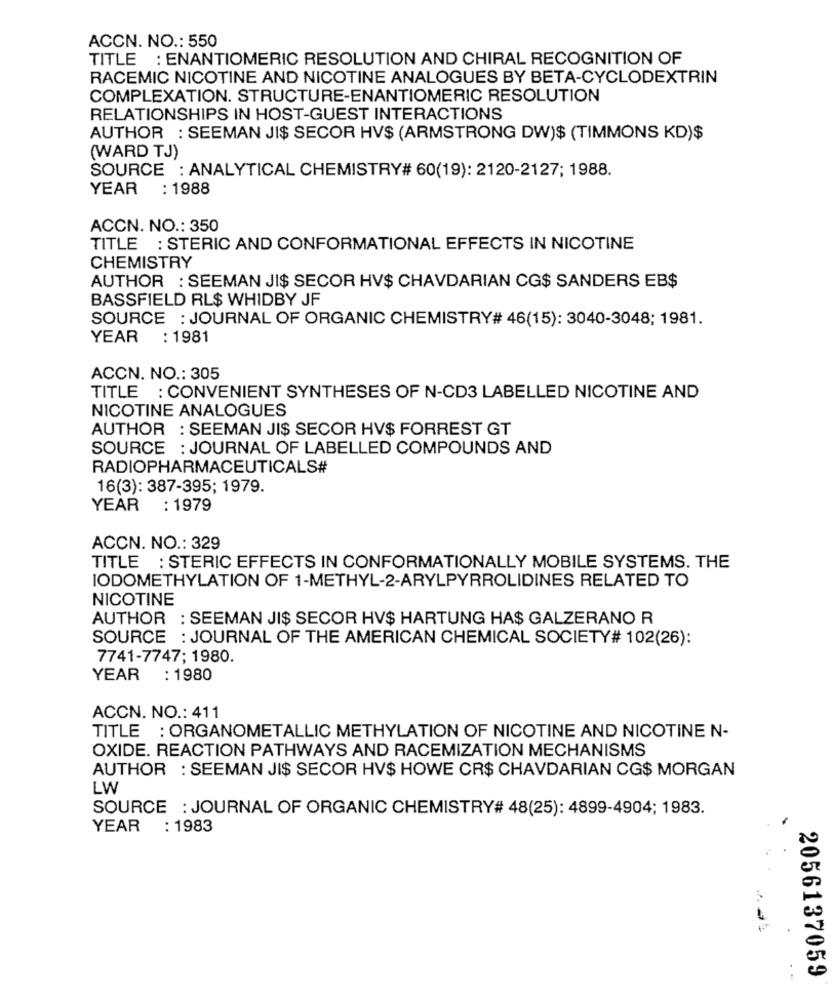
ACCN. NO .: 550
TITLE : ENANTIOMERIC RESOLUTION AND CHIRAL RECOGNITION OF
RACEMIC NICOTINE AND NICOTINE ANALOGUES BY BETA-CYCLODEXTRIN
COMPLEXATION. STRUCTURE-ENANTIOMERIC RESOLUTION
RELATIONSHIPS IN HOST-GUEST INTERACTIONS
AUTHOR : SEEMAN JI$ SECOR HV$ (ARMSTRONG DW)$ (TIMMONS KD)$
(WARD TJ)
SOURCE : ANALYTICAL CHEMISTRY# 60(19): 2120-2127; 1988.
YEAR : 1988
ACCN. NO .: 350
TITLE : STERIC AND CONFORMATIONAL EFFECTS IN NICOTINE
CHEMISTRY
AUTHOR : SEEMAN JI$ SECOR HV$ CHAVDARIAN CG$ SANDERS EB$
BASSFIELD RL$ WHIDBY JF
SOURCE : JOURNAL OF ORGANIC CHEMISTRY# 46(15): 3040-3048; 1981.
YEAR : 1981
ACCN. NO .: 305
TITLE : CONVENIENT SYNTHESES OF N-CD3 LABELLED NICOTINE AND
NICOTINE ANALOGUES
AUTHOR : SEEMAN JIS SECOR HV$ FORREST GT
SOURCE : JOURNAL OF LABELLED COMPOUNDS AND
RADIOPHARMACEUTICALS#
16(3): 387-395; 1979.
YEAR : 1979
ACCN. NO .: 329
TITLE : STERIC EFFECTS IN CONFORMATIONALLY MOBILE SYSTEMS. THE
IODOMETHYLATION OF 1-METHYL-2-ARYLPYRROLIDINES RELATED TO
NICOTINE
AUTHOR : SEEMAN JI$ SECOR HV$ HARTUNG HA$ GALZERANO R
SOURCE : JOURNAL OF THE AMERICAN CHEMICAL SOCIETY# 102(26):
7741-7747; 1980.
YEAR : 1980
ACCN. NO .: 411
TITLE : ORGANOMETALLIC METHYLATION OF NICOTINE AND NICOTINE N-
OXIDE. REACTION PATHWAYS AND RACEMIZATION MECHANISMS
AUTHOR : SEEMAN JI$ SECOR HV$ HOWE CR$ CHAVDARIAN CG$ MORGAN
LW
SOURCE : JOURNAL OF ORGANIC CHEMISTRY# 48(25): 4899-4904; 1983.
YEAR : 1983
2056137059